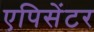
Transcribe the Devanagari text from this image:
एपिसेंटर